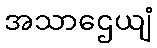
အသာဌေယျံ